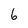
Character: 6